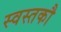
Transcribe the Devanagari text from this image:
स्वस्तकौ